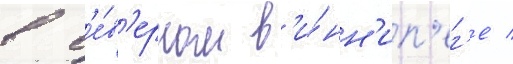
в с'е́в'ерном в'и́нн'ип'ег'е /